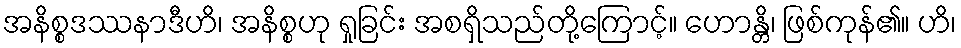
အနိစ္စဒဿနာဒီဟိ၊ အနိစ္စဟု ရှုခြင်း အစရှိသည်တို့ကြောင့်။ ဟောန္တိ၊ ဖြစ်ကုန်၏။ ဟိ၊